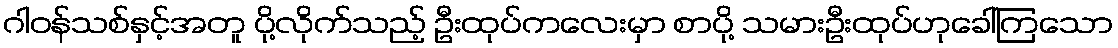
ဂါဝန်သစ်နှင့်အတူ ပို့လိုက်သည့် ဦးထုပ်ကလေးမှာ စာပို့ သမားဦးထုပ်ဟုခေါ်ကြသော